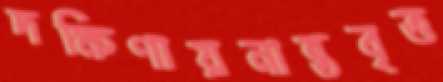
দক্ষিণায়নান্তবৃত্ত